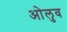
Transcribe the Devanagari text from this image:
ओलुव